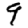
Digit: 9